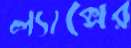
ল্যাক্সের